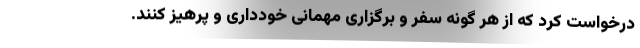
درخواست کرد که از هر گونه سفر و برگزاری مهمانی خودداری و پرهیز کنند.